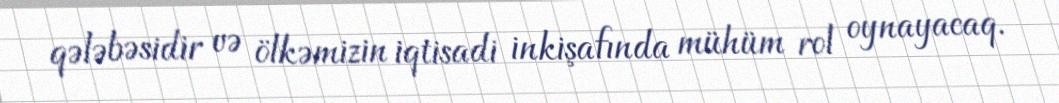
qələbəsidir və ölkəmizin iqtisadi inkişafında mühüm rol oynayacaq.